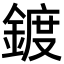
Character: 鍍